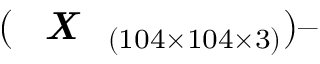
( \textit { \textbf { X } } _ { ( 1 0 4 \times 1 0 4 \times 3 ) } ) –